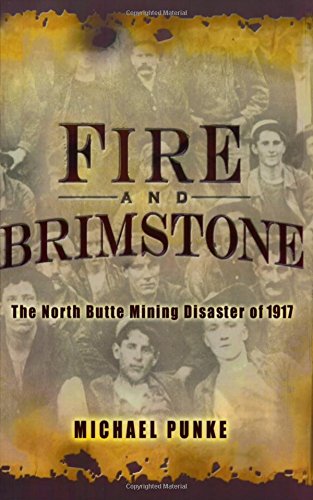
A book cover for Fire and Brimstone: The North Butte Mining Disaster of 1917; Michael Punke; Politics & Social Sciences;